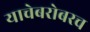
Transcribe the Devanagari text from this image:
याचेबरोबरच